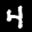
Label: 4